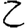
Digit: 2